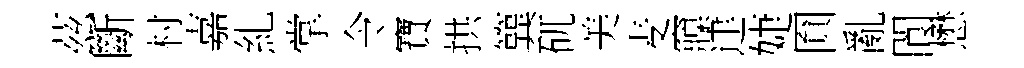
茲斷村嘉糺掌令寶拱簨矹美麦䆿䢖婕圎亂閬懋